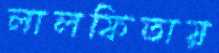
লালফিতায়